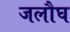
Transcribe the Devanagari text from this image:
जलौघ